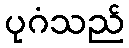
ပုဂံသည်